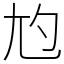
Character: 尥